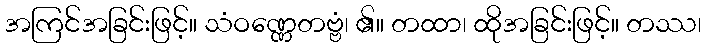
အကြင်အခြင်းဖြင့်။ သံဝဏ္ဏေတဗ္ဗံ၊ ၏။ တထာ၊ ထိုအခြင်းဖြင့်။ တဿ၊